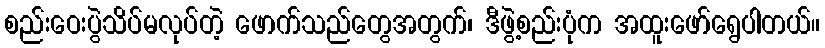
စည်းဝေးပွဲသိပ်မလုပ်တဲ့ ဖောက်သည်တွေအတွက်၊ ဒီဖွဲ့စည်းပုံက အထူးဖော်ရွေပါတယ်။